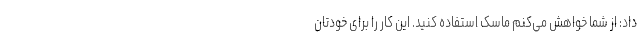
داد: از شما خواهش می‌کنم ماسک استفاده کنید. این کار را برای خودتان